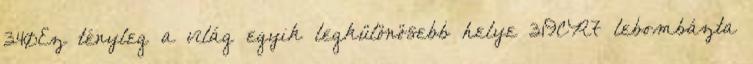
340Ez tényleg a világ egyik legkülönösebb helye 319CR7 lebombázta